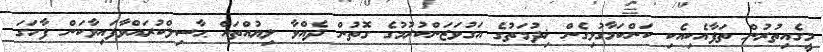
މީގެއިތުރުން ތަފާއެކިއެކި ކަންކަމާގުޅިގެން ޚިދުމަތުގެ އަގުވަޒަންކުރުމުގެ ގޮތުން ދެއްވާ ލިޔުއްތައް ޙާސިލްކުރައްވާފައިވާކަން ފާހަގަ